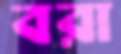
বরা